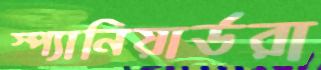
স্প্যানিয়ার্ডরা